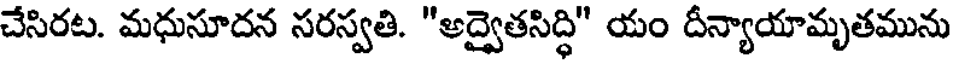
చేసిరట. మధుసూదన సరస్వతి. "అద్వైతసిద్ధి" యం దీన్యాయామృతమును